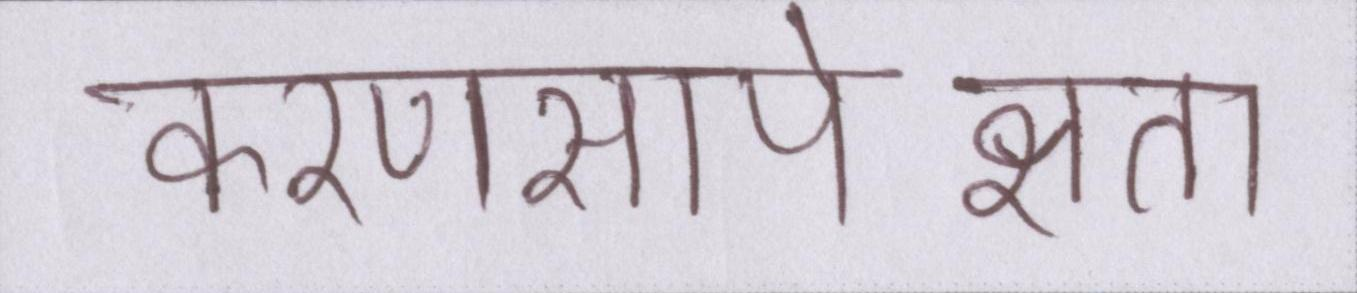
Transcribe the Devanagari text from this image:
करणसापेक्षता